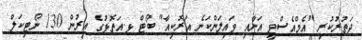
ދަތުރުކުރި "އެމްއެސްވީ އަނާއި ވައިލަންކަނެ އަރޮކިއާ" ބޯޓް ޅ.އަތޮޅުގެ އިރުން 130 ނޯޓިކަލް